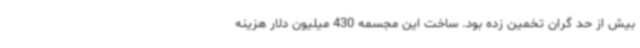
بیش از حد گران تخمین زده بود. ساخت این مجسمه 430 میلیون دلار هزینه